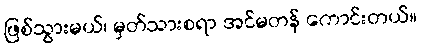
ဖြစ်သွားမယ်၊ မှတ်သားစရာ အင်မတန် ကောင်းတယ်။